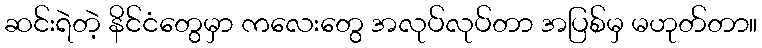
ဆင်းရဲတဲ့ နိင်ငံတွေမှာ ကလေးတွေ အလုပ်လုပ်တာ အပြစ်မှ မဟုတ်တာ။